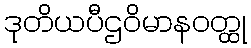
ဒုတိယပီဌဝိမာနဝတ္ထု